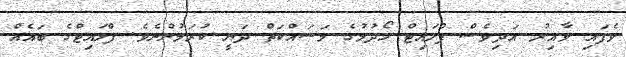
ވެފައި ވާއިރު އަދިވެސް ފްލައިޓް ހޯދުމުގެ މަސައްކަތް ދަނީ ކުރަމުންނެވެ. ފްލައިޓްގެ ބައެއް